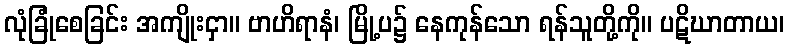
လုံခြုံစေခြင်း အကျိုးငှာ။ ဗာဟိရာနံ၊ မြို့ပ၌ နေကုန်သော ရန်သူတို့ကို။ ပဋိဃာတာယ၊